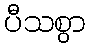
ပီသစွာ